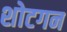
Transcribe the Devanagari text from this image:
शोटगन